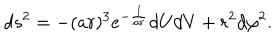
d s ^ { 2 } = - ( a r ) ^ { 3 } e ^ { - \frac { 1 } { a r } } d U d V + r ^ { 2 } d \varphi ^ { 2 } .